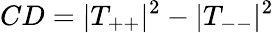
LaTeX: CD=|T_{++}|^{2}-|T_{--}|^{2}